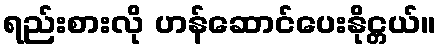
ရည်းစားလို ဟန်ဆောင်ပေးနိုင္တယ်။